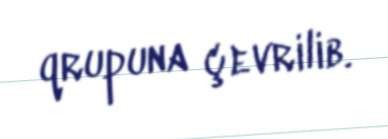
qrupuna çevrilib.